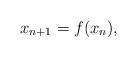
LaTeX: \begin{align*}x_{n+1}=f(x_{n}),\end{align*}